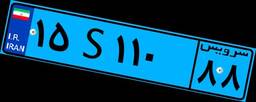
۱۹S۰۲۱۰۳